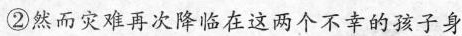
②然而灾难再次降临在这两个不幸的弦子身